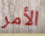
الأمر